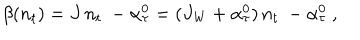
LaTeX: \beta ( n _ { t } ) = J \, n _ { t } ~ - \alpha _ { \tau } ^ { 0 } = ( J _ { \mathrm { W } } + \alpha _ { \tau } ^ { 0 } ) \, n _ { t } ~ - \alpha _ { \tau } ^ { 0 } ~ ,